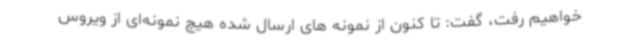
خواهیم رفت، گفت: تا کنون از نمونه های ارسال شده هیچ نمونه‌ای از ویروس